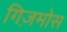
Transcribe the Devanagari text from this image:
गिज़मोस